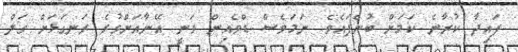
ފައިދާ ކުރާނެ ކަމަށް ބުނެފައެވެ. ނަމަވެސް ޑްވެއިން ވަނީ އޭނާއަށްވުރެ ރަނގަޅަށް ގަލް